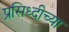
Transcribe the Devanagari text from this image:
प्रसिध्दीच्या